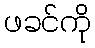
ဖခင်ကို